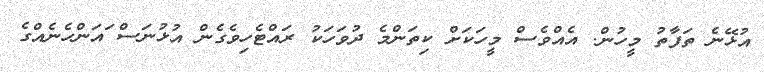
އުޅޭނެ ތަފާތު މީހުން. އެއްވެސް މީހަކަށް ކިތަންމެ ދުވަހަކު ރައްޓެހިވެގެން އުޅުނަސް ައަންހެނެއްގެ